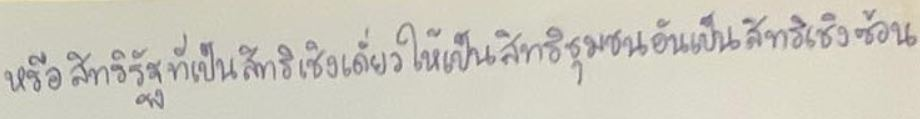
หรือสิทธิรัฐที่เป็นสิทธิเชิงเดี่ยวให้เป็นสิทธิชุมชนอันเป็นสิทธิเชิงซ้อน